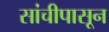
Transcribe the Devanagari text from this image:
सांचीपासून